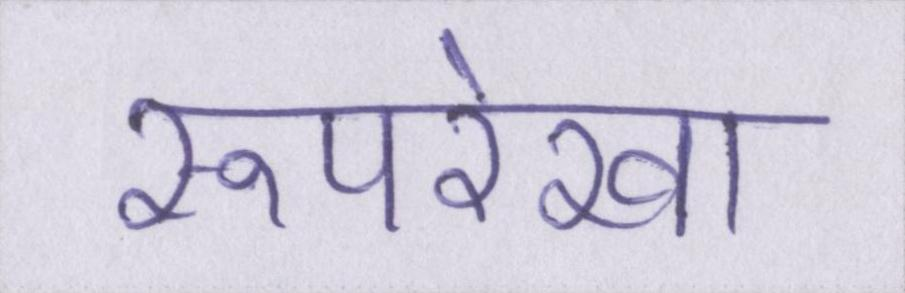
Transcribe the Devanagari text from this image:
रूपरेखा